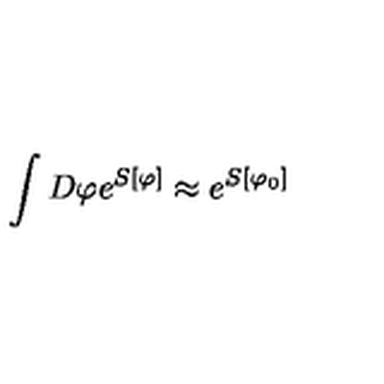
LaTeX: \int D \varphi e ^ { S [ \varphi ] } \approx e ^ { S [ \varphi _ { 0 } ] }